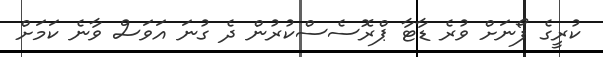
ކުރީގެ ފޯނަށް ވުރެ ޑާޓާ ޕްރޮސެސްކުރުން ދެ ގުނަ އަވަސް ވާނެ ކަމަށް